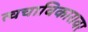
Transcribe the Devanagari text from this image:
त्वचाविकारावर